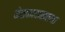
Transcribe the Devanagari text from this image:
केतकादासतथा